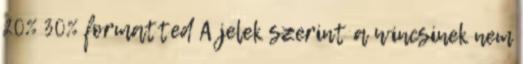
20% 30% formatted A jelek szerint a wincsinek nem